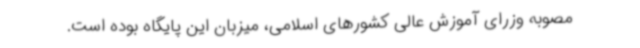
مصوبه وزرای آموزش عالی کشورهای اسلامی، میزبان این پایگاه بوده است.